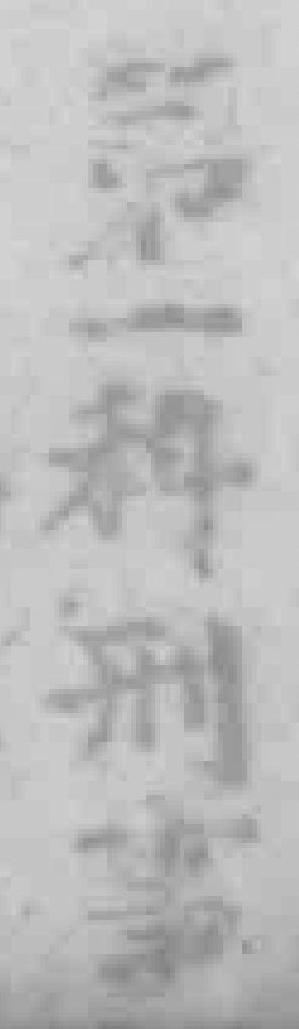
第一科刑事